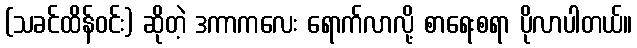
(သခင်ထိန်ဝင်း) ဆိုတဲ့ ဒကာကလေး ရောက်လာလို့ စာရေးစရာ ပိုလာပါတယ်။